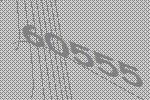
60555